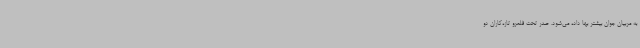
به مربیان جوان بیشتر بها داده می‌شود. صدر تحت قلمرو تازه‌کاران دو